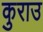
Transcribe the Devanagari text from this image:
कुराउ